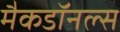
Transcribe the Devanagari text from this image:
मैकडॉनल्स